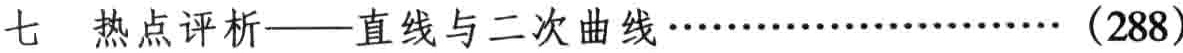
七 热点评析——直线与二次曲线……………………（288）